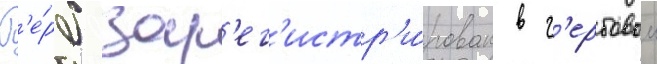
Г'е́рб зар'ег'истр'и́рован в г'ербовом